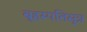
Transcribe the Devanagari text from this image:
बृहस्पतिसूत्र